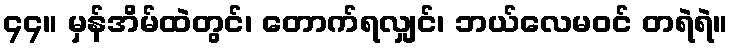
၄၄။ မှန်အိမ်ထဲတွင်၊ တောက်ရလျှင်၊ ဘယ်လေမဝင် တရဲရဲ။